Papers set at the Examination for Leaving Certificates, 1889
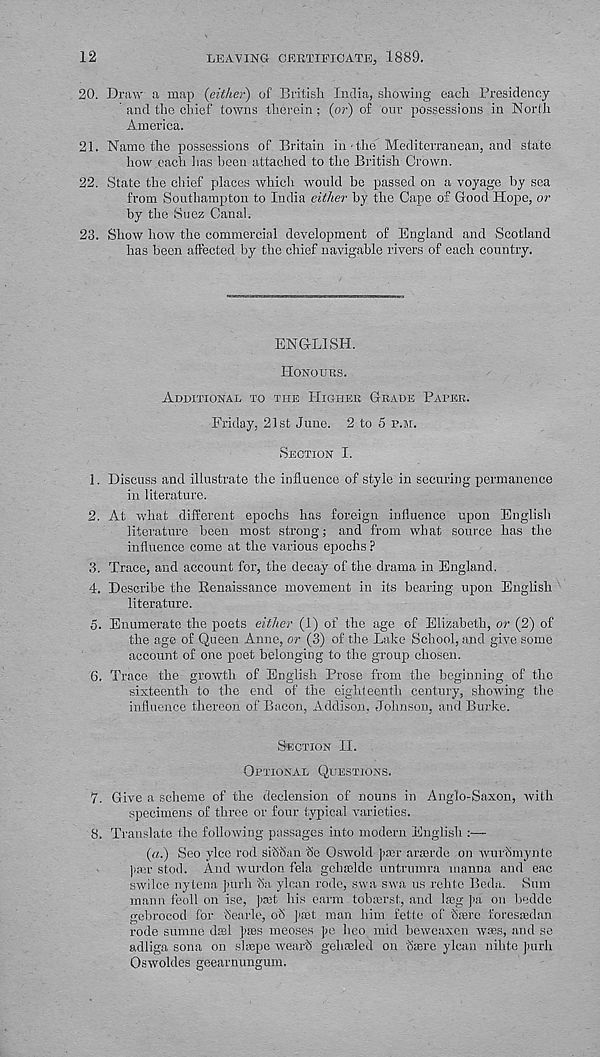
12
LEAVING CERTIFICATE, 1889.
20. Draw a map {either) of British India, showing each Presidency
and the chief towns -therein ; (or) of our possessions in North
America.
21. Name the possessions of Britain in the' Mediterranean, and state
how each has been attached to the British Crown.
22. State the chief places which -would be passed on a voyage by sea
from Southampton to India either by the Cape of Good Hope, or
by the Suez Canal.
23. Show how the commercial development of England and Scotland
has been affected by the chief navigable rivers of each country.
ENGLISH.
HONOURS.
ADDITIONAL TO THE HIGHER GRADE PAPER.
Friday, 21st June. 2 to 5 P.M.
SECTION I.
1. Discuss and illustrate the influence of style in securing permanence
in literature.
2. At what different epochs has foreign influence upon English
literature been most strong; and from what source has the
influence come at the various epochs ?
3. Trace, and account for, the decay of the drama in England.
4. Describe the Benaissance movement in its bearing upon English
literature.
o. Enumerate the poets either (1) of the age of Elizabeth, or (2) of
the age of Queen Anne, or (3) of the Lake School, and give some
account of one poet belonging to the group chosen.
6.
Trace the growth of English Prose from
sixteenth to the end of the eighteenth century, showing the
influence thereon of Bacon, Addison, Johnson, and Burke.
SECTION II.
OPTIONAL QUESTIONS.
7. Give a scheme of the declension of nouns in Anglo-Saxon, with
specimens of three or four typical varieties.
8. Translate the following passages into modern English
(a.) Seo vice rod Sicilian lie Oswold Jcmr arserde on wurcSmyntc
|iair stock And wurdon fela gebselde untrumra manna and eac
swilce nytena Jmrh Sa ylcan rode, swa swa us rehto Beda. Sum
maun feoll on ise, pmt his earm tobasrst, and Iseg ]>a on bedde
gebrocod for Searle, oh Jaet man him fette of haire forestedan
rode sumne drel pies meoses ]>e heo mid beweaxen wees, and se
adliga sona on shepe wearh gehaded on hierc ylcan nihte Jrarh
Oswoldes geearnungum.